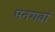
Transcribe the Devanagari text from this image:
मनगवां